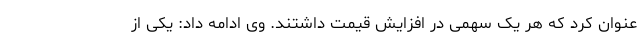
عنوان کرد که هر یک سهمی در افزایش قیمت داشتند. وی ادامه داد: یکی از